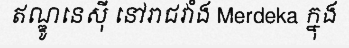
ឥណ្ឌូនេស៊ី នៅរាជវាំង Merdeka ក្នុង